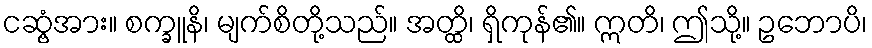
ငဆွံ့အား။ စက္ခူနိ၊ မျက်စိတို့သည်။ အတ္ထိ၊ ရှိကုန်၏။ ဣတိ၊ ဤသို့။ ဥဘောပိ၊